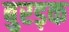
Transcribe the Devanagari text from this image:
बुरड़क